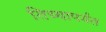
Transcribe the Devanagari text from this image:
तिच्यापर्यंत